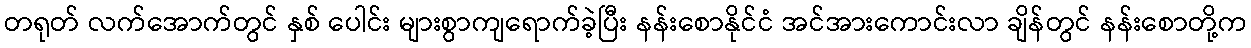
တရုတ် လက်အောက်တွင် နှစ် ပေါင်း များစွာကျရောက်ခဲ့ပြီး နန်းစောနိုင်ငံ အင်အားကောင်းလာ ချိန်တွင် နန်းစောတို့က